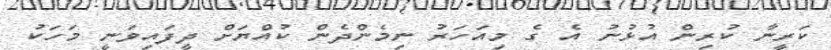
ކަރީނާ ކުރިން އުޅުނު އެ ގެ މިއަހަރު ނިމެންދެން ކުއްޔަށް ދީފައިވަނީ މަހަކު